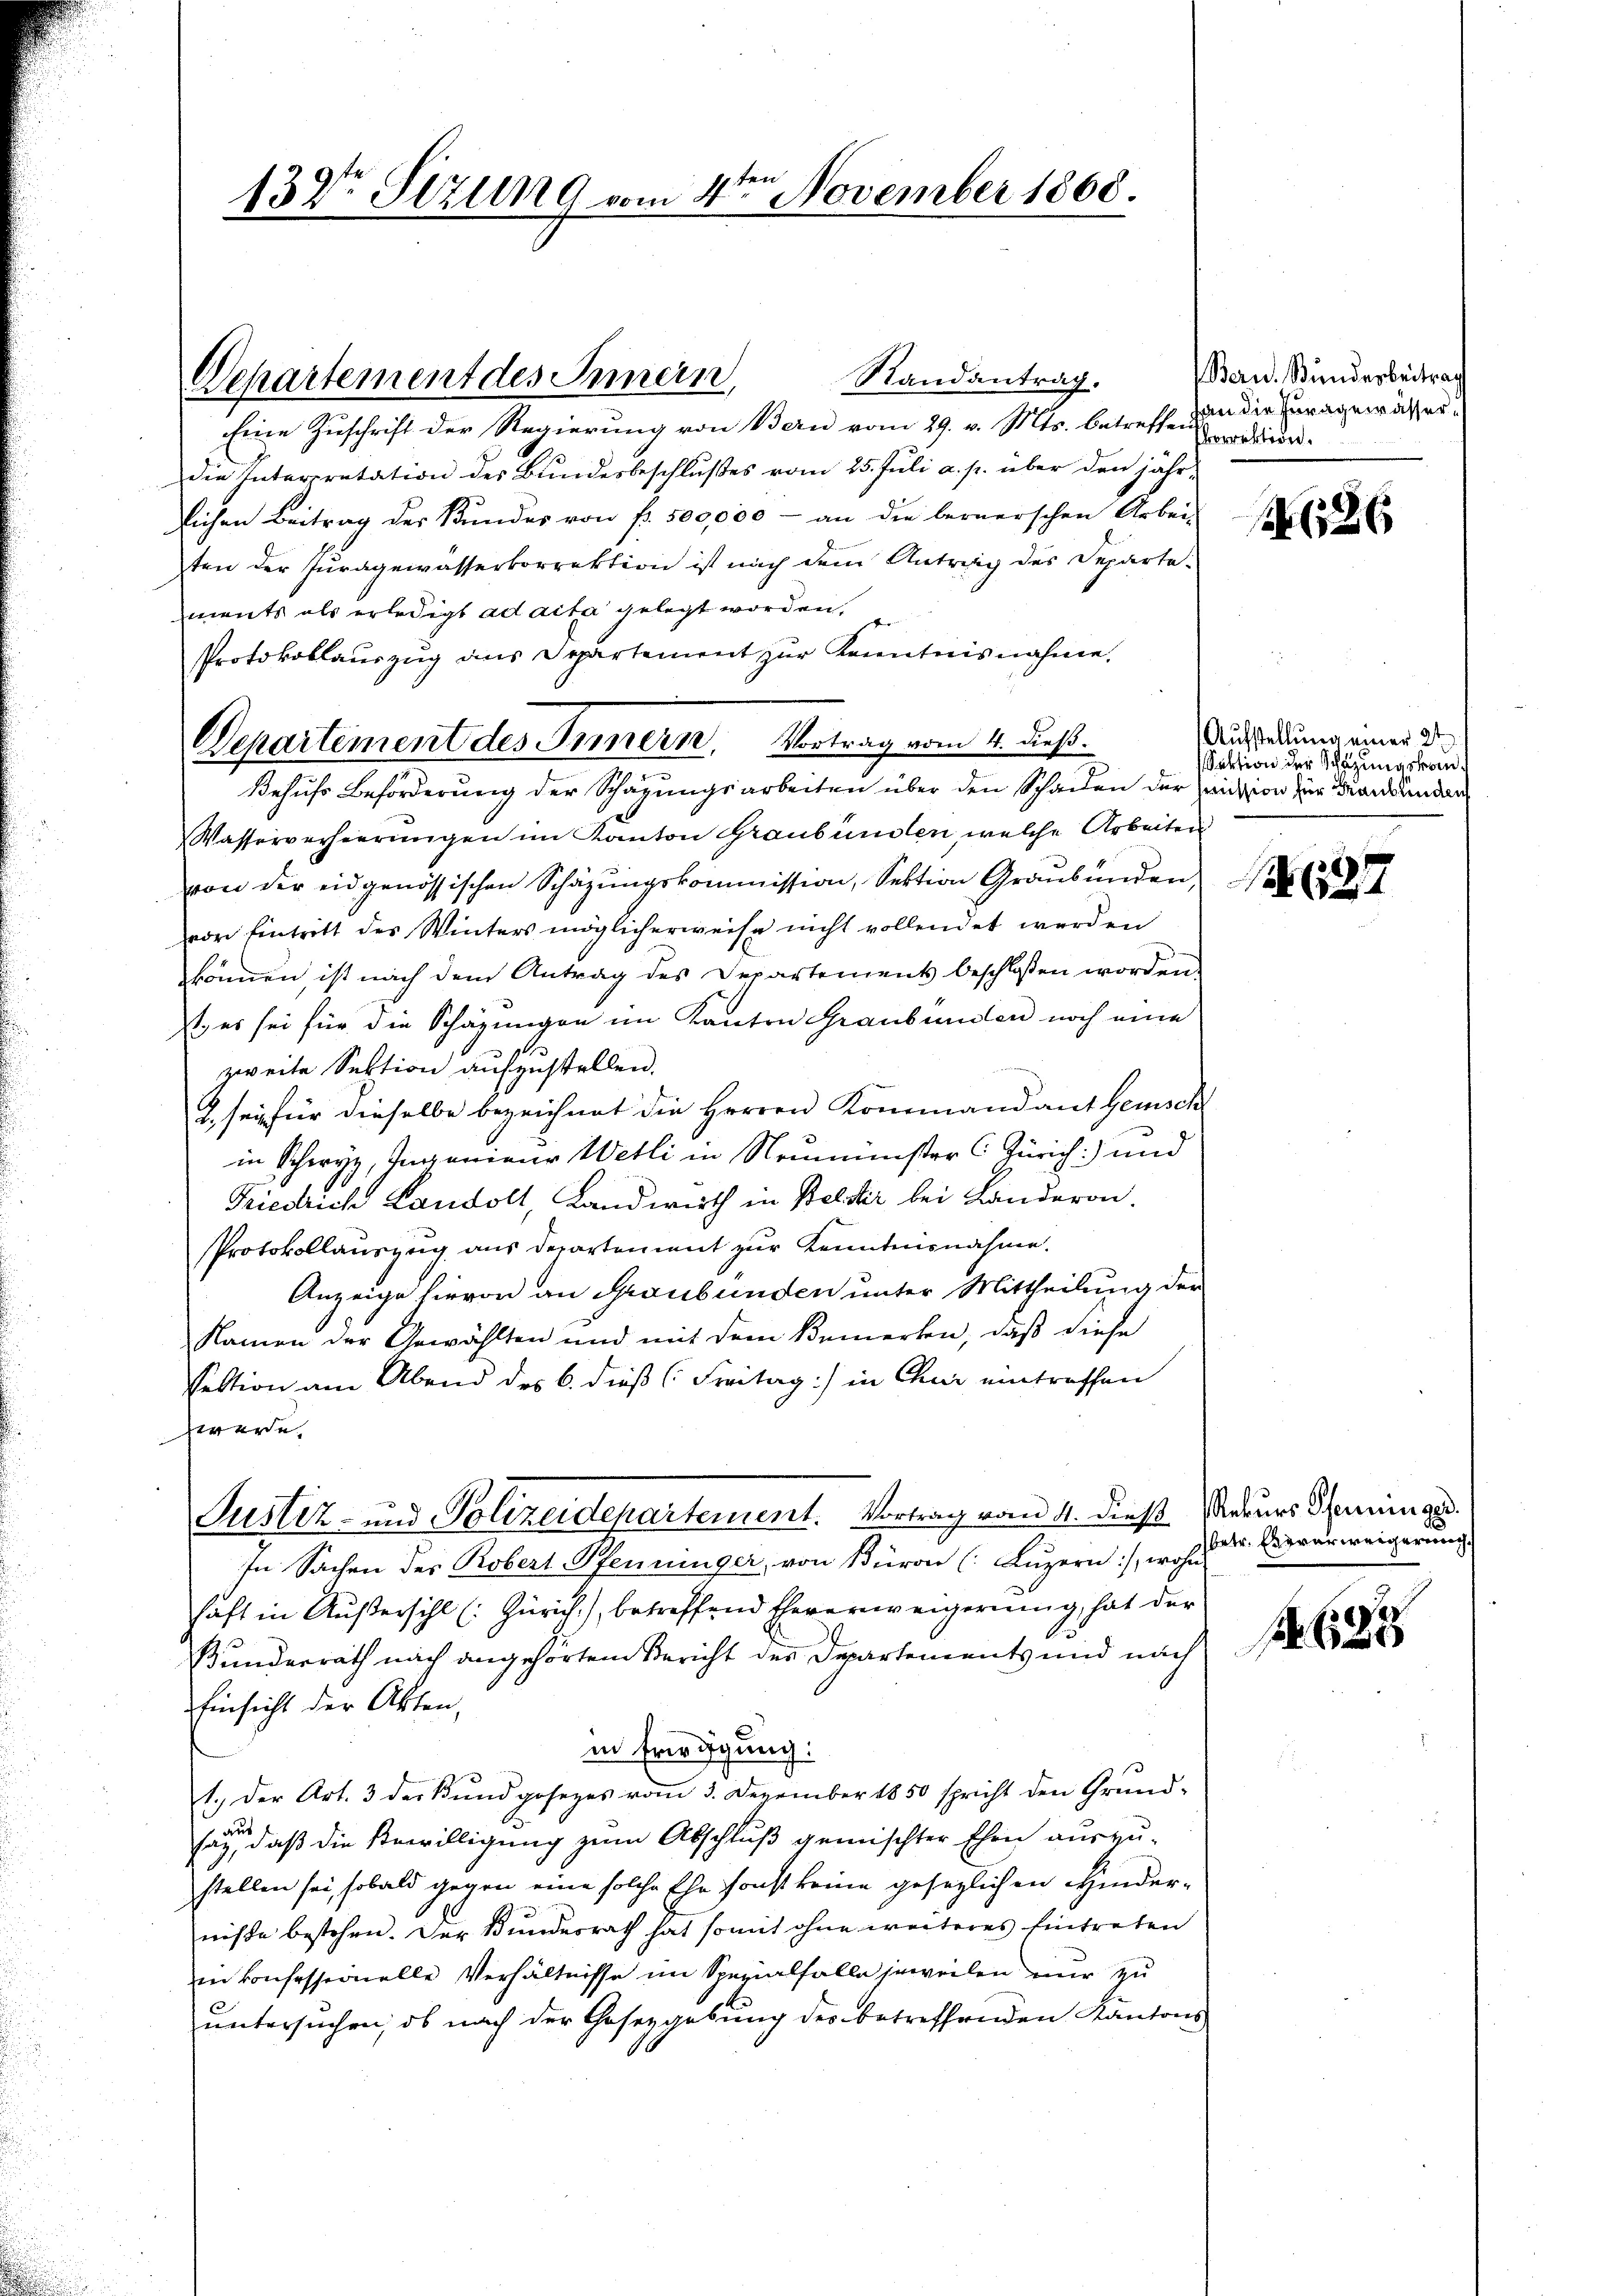
132t Stzung vom 4te͇n November 1868.

Randantrag.
Eine Zuschrift der Regierung von Bern vom 29. v. Mts. betreffe nun die uragewässerdie Interpretation des Bundesbeschlußes vom 25. Juli a. p. über den jähr-
lichen Beitrag der Kundes von fr. 500,000 - an die bernerschen Arbei-
ten der Juragewässerkorrektion ist nach dem Antrag des Departements als erledigt ad acta gelegt worden,
Protokollauszug aus Departement zur Kenntnisnahme.
Behufs Beförderung der Schazungsarbeiten über den Schaden der Quiission zur Krankunden
Wasserverheerungen im Kanton Graubünden, welche Arbeiten
von der eidgenössischen Schäzŭngskommission, Sektion Graubünden
vor Eintritt des Winters möglicherweise nicht vollendet werden
können ist nach dem Antrag des Departements beschlossen worden.
t, es sei für die Schazungen im Kanton Graubünden noch eine
zweite Sektion aufzustellen.
2. sey für dieselbe bezeichnet die Herren Kommandant Heusch
in Schwyz, Ingenieur Wetti in Neumünster (Zürich) und
Friedrich Landolt, Landwirth in Belcher bei Landeron.
Protokollauszug aus Departement zur Kenntnisnahme.
Anzeige hievon an Graubünden unter Mittheilung der
Namen der Gewählten und mit dem Bemerken, daß diese
sektion am Abend des C. dieß (Freitag:/ in Chur eintreffen
were.
Justiz- und Polizeidepartement. Vortrag vom 4. Dies Meurs Seminar.
In Sachen des Robert Pfenninger, von Büron (Luzern), wohn-
haft in Außersihl (: Zürich), betreffend Eheverweigerung, hat der
Bunderrath nach angehörtem Bericht der Departements und nach
Einsicht der Akten,
in Friedigung:
1.) Der Art. 3 der Kundgesezes vom 3. Dezember 1850 spricht den Grund-
sagen, daß die Bewilligung zum Abschluß gemischter Ehen auszu-
stellen sei, sobald gegen eine solche Ehe sonst keine gesezlichen Hinderniße bestehen. Der Bundesrath hat somit ohne weiteres Eintreten
in konfessionelle Verhältnisse im Spezialfalle jeweilen nur zu
untersuchen, ob nach der Gesetzgebung des betreffenden Kantons

Departement des Innern,

Departement des Innern, Vortrag vom 4. dieß.

Bern. Bunderbeitrach
borrektion.

26

Aufstellung einer 2t
Sektion der Schazungskom¬

127

(betr. Es verweigerung.

. 685